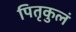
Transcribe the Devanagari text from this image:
पितृकुलं